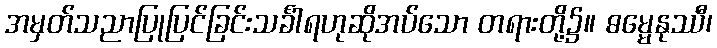
အမှတ်သညာပြုပြင်ခြင်းသင်္ခါရဟုဆိုအပ်သော တရားတို့၌။ ဓမ္မေနုဿီ၊